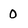
Character: O